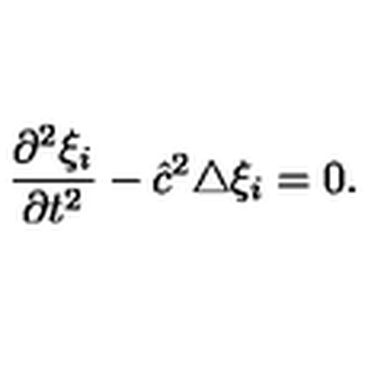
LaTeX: \frac { \partial ^ { 2 } \xi _ { i } } { \partial t ^ { 2 } } - { \hat { c } } ^ { 2 } \triangle \xi _ { i } = 0 .